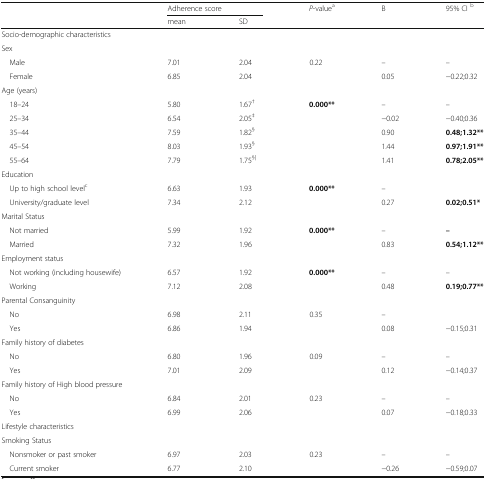
<table><thead><tr><td rowspan="2"></td><td colspan="2"><b>Adherence score</b></td><td rowspan="2"><b><i>P</i>-value<sup>a</sup></b></td><td rowspan="2"><b>B</b></td><td rowspan="2"><b>95% CI <sup>b</sup></b></td></tr><tr><td><b>mean</b></td><td><b>SD</b></td></tr></thead><tbody><tr><td colspan="6">Socio-demographic characteristics</td></tr><tr><td colspan="6">Sex</td></tr><tr><td> Male</td><td>7.01</td><td>2.04</td><td rowspan="2">0.22</td><td>–</td><td>–</td></tr><tr><td> Female</td><td>6.85</td><td>2.04</td><td>0.05</td><td>−0.22;0.32</td></tr><tr><td colspan="6">Age (years)</td></tr><tr><td> 18–24</td><td>5.80</td><td>1.67<sup>†</sup></td><td rowspan="5"><b>0.000**</b></td><td>–</td><td>–</td></tr><tr><td> 25–34</td><td>6.54</td><td>2.05<sup>‡</sup></td><td>−0.02</td><td>−0.40;0.36</td></tr><tr><td> 35–44</td><td>7.59</td><td>1.82<sup>§</sup></td><td>0.90</td><td><b>0.48;1.32**</b></td></tr><tr><td> 45–54</td><td>8.03</td><td>1.93<sup>§</sup></td><td>1.44</td><td><b>0.97;1.91**</b></td></tr><tr><td> 55–64</td><td>7.79</td><td>1.75<sup>§|</sup></td><td>1.41</td><td><b>0.78;2.05**</b></td></tr><tr><td colspan="6">Education</td></tr><tr><td> Up to high school level<sup>c</sup></td><td>6.63</td><td>1.93</td><td rowspan="2"><b>0.000**</b></td><td>–</td><td></td></tr><tr><td> University/graduate level</td><td>7.34</td><td>2.12</td><td>0.27</td><td><b>0.02;0.51*</b></td></tr><tr><td colspan="6">Marital Status</td></tr><tr><td> Not married</td><td>5.99</td><td>1.92</td><td rowspan="2"><b>0.000**</b></td><td>–</td><td><b>–</b></td></tr><tr><td> Married</td><td>7.32</td><td>1.96</td><td>0.83</td><td><b>0.54;1.12**</b></td></tr><tr><td colspan="6">Employment status</td></tr><tr><td> Not working (including housewife)</td><td>6.57</td><td>1.92</td><td rowspan="2"><b>0.000**</b></td><td>–</td><td>–</td></tr><tr><td> Working</td><td>7.12</td><td>2.08</td><td>0.48</td><td><b>0.19;0.77**</b></td></tr><tr><td colspan="6">Parental Consanguinity</td></tr><tr><td> No</td><td>6.98</td><td>2.11</td><td rowspan="2">0.35</td><td>–</td><td></td></tr><tr><td> Yes</td><td>6.86</td><td>1.94</td><td>0.08</td><td>−0.15;0.31</td></tr><tr><td colspan="6">Family history of diabetes</td></tr><tr><td> No</td><td>6.80</td><td>1.96</td><td rowspan="2">0.09</td><td>–</td><td>–</td></tr><tr><td> Yes</td><td>7.01</td><td>2.09</td><td>0.12</td><td>−0.14;0.37</td></tr><tr><td colspan="6">Family history of High blood pressure</td></tr><tr><td> No</td><td>6.84</td><td>2.01</td><td rowspan="2">0.23</td><td>–</td><td>–</td></tr><tr><td> Yes</td><td>6.99</td><td>2.06</td><td>0.07</td><td>−0.18;0.33</td></tr><tr><td colspan="6">Lifestyle characteristics</td></tr><tr><td colspan="6">Smoking Status</td></tr><tr><td> Nonsmoker or past smoker</td><td>6.97</td><td>2.03</td><td rowspan="2">0.23</td><td>–</td><td>–</td></tr><tr><td> Current smoker</td><td>6.77</td><td>2.10</td><td>−0.26</td><td>−0.59;0.07</td></tr></tbody></table>